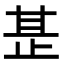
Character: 𭭡